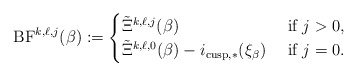
\begin{align*}\mathrm{BF}^{k,\ell,j}(\beta):=\begin{cases}\tilde{\Xi}^{k,\ell,j}(\beta) & \textup{ if $j > 0$},\\\tilde{\Xi}^{k,\ell ,0}(\beta)-i_{\mathrm{cusp},*}(\xi_\beta) & \textup{ if $j=0$}.\end{cases}\end{align*}